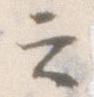
云